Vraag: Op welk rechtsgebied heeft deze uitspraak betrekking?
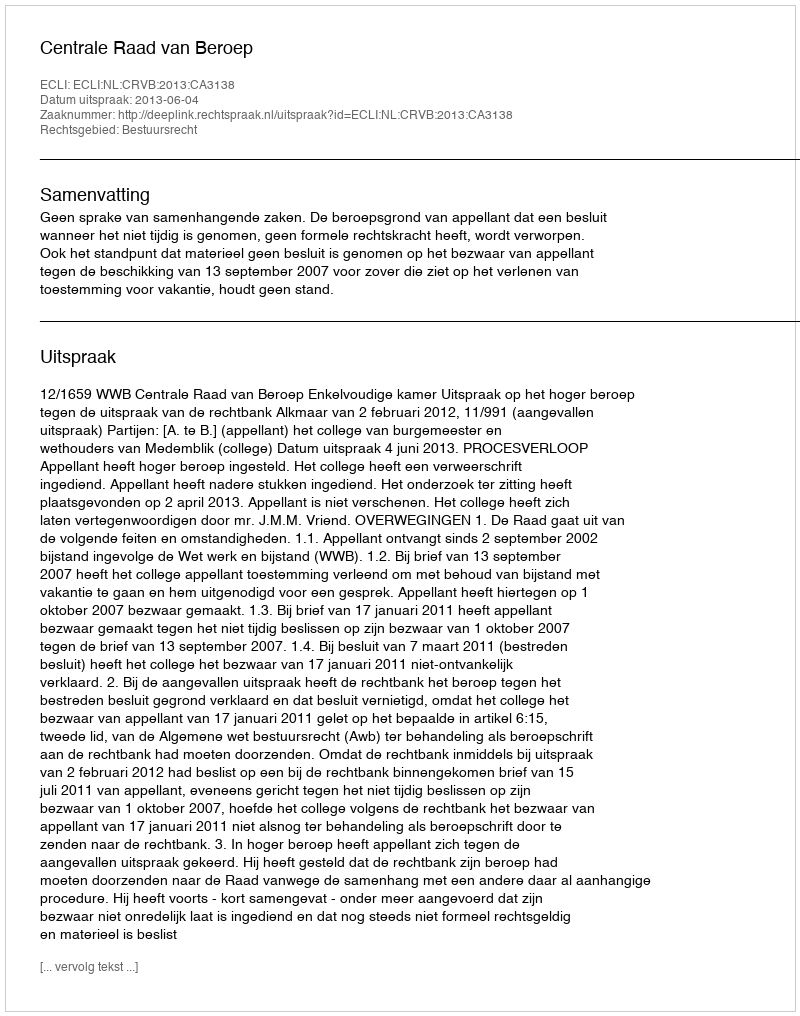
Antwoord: Bestuursrecht